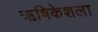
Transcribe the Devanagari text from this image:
ऋषिकेशला